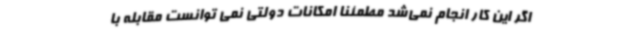
اگر این کار انجام نمی‌شد مطمئناً امکانات دولتی نمی توانست مقابله با